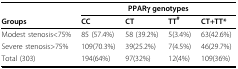
|  | <COLSPAN=4> PPARγ genotypes |
 | Groups | CC | CT | TT# | CT+TT* |
 | --- | --- | --- | --- | --- |
 | Modest stenosis<75% | 85 (57.4%) | 58 (39.2%) | 5(3.4%) | 63(42.6%) |
 | Severe stenosis>75% | 109(70.3%) | 39(25.2%) | 7(4.5%) | 46(29.7%) |
 | Total (303) | 194(64%) | 97(32%) | 12(4%) | 109(36%) |